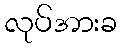
လုပ်အားခ